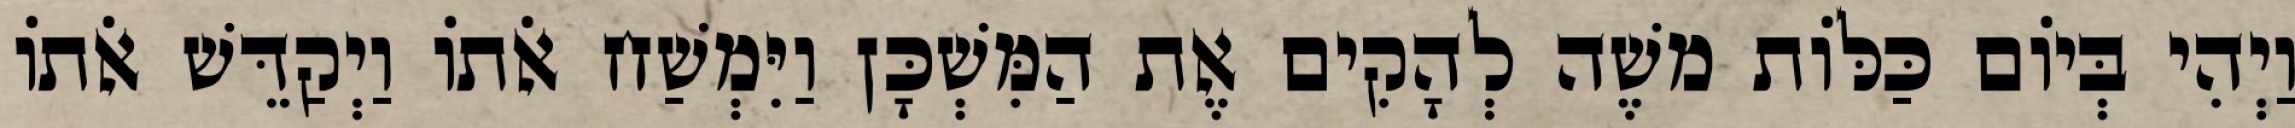
וַיְהִי בְּיוֹם כַּלּוֹת משֶׁה לְהָקִים אֶת הַמִּשְׁכָּן וַיִּמְשַׁח אֹתוֹ וַיְקַדֵּשׁ אֹתוֹ